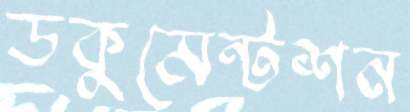
ডকুমেন্টশন